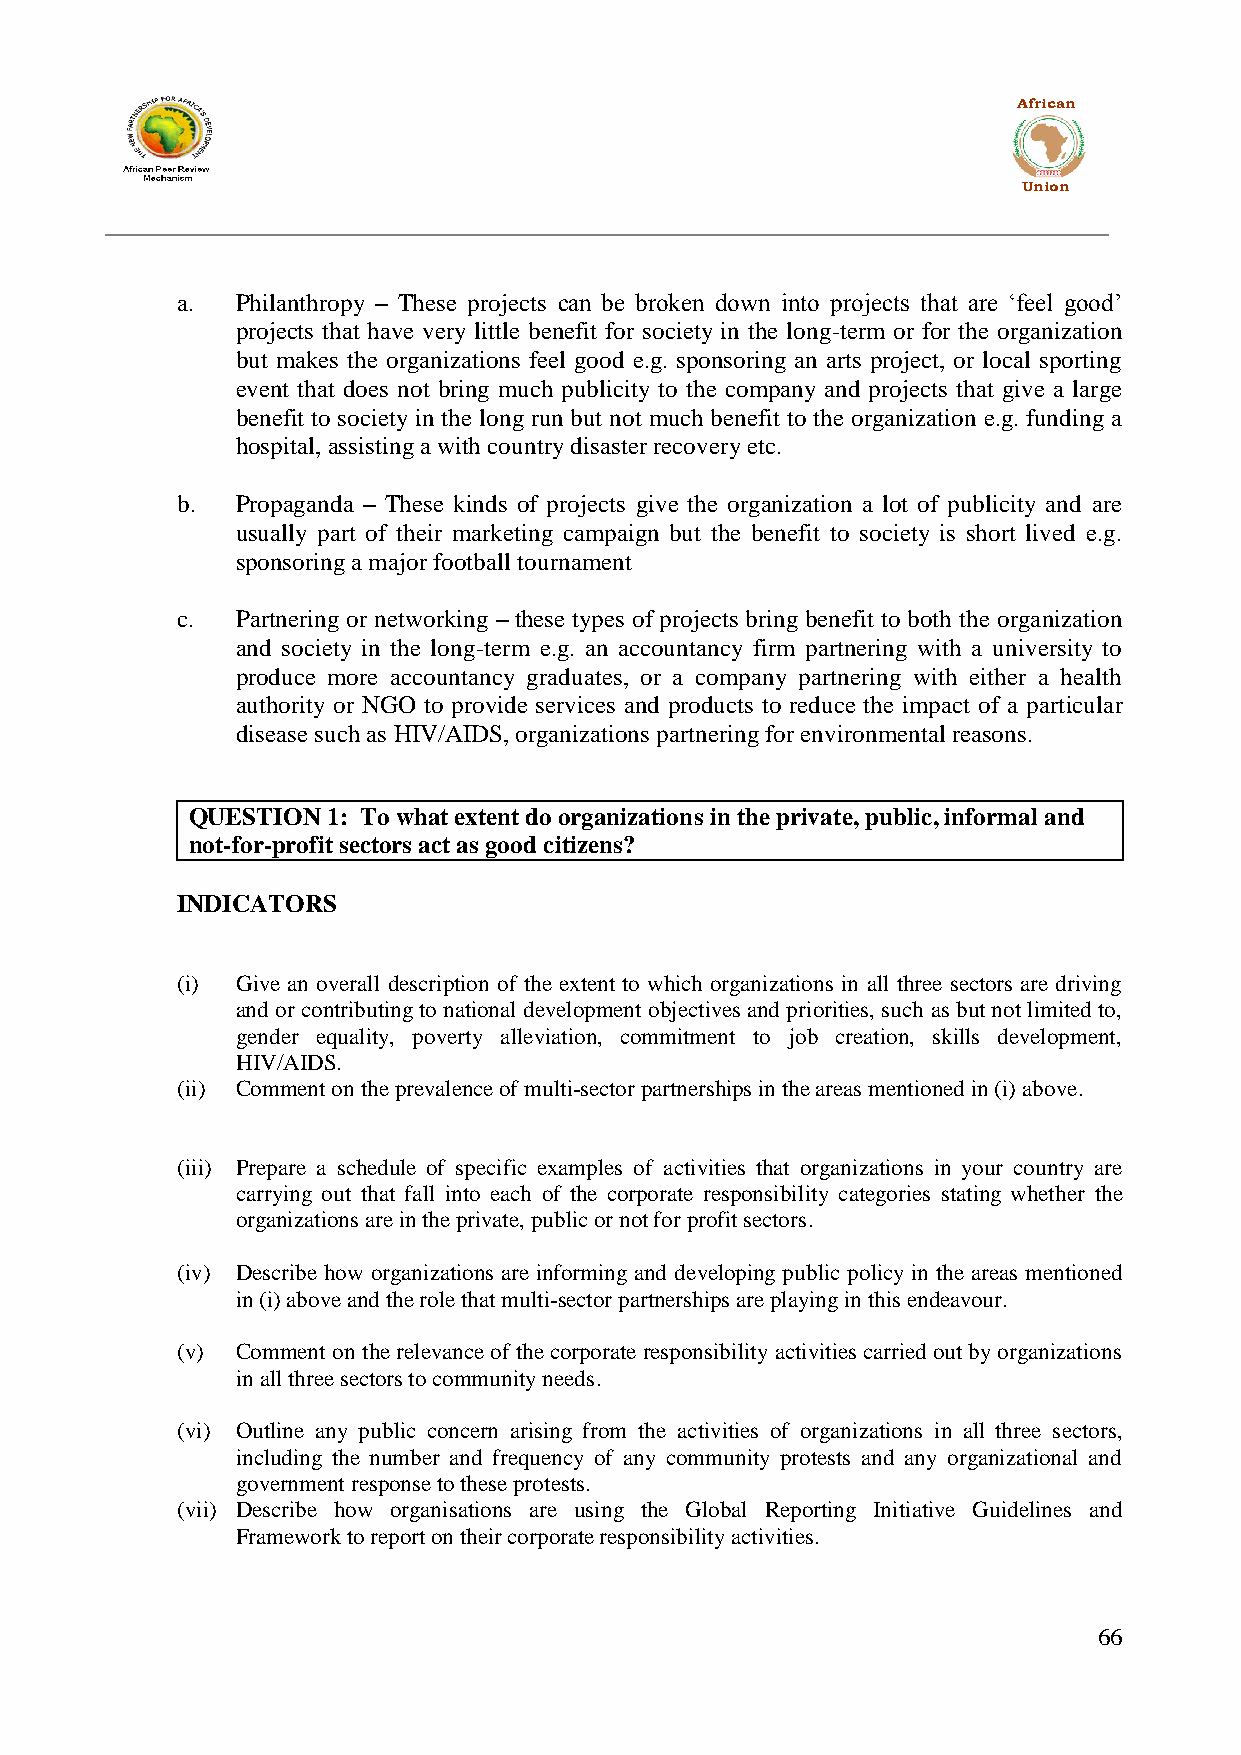
African
 Union
 a.  Philanthropy – These projects can be broken down into projects that are „feel good‟
 projects that have very little benefit for society in the long-term or for the organization
 but makes the organizations feel good e.g. sponsoring an arts project, or local sporting
 event that does not bring much publicity to the company and projects that give a large
 benefit to society in the long run but not much benefit to the organization e.g. funding a
 hospital, assisting a with country disaster recovery etc.
 b.  Propaganda – These kinds of projects give the organization a lot of publicity and are
 usually part of their marketing campaign but the benefit to society is short lived e.g.
 sponsoring a major football tournament
 c.  Partnering or networking – these types of projects bring benefit to both the organization
 and society in the long-term e.g. an accountancy firm partnering with a university to
 produce more accountancy graduates, or a company partnering with either a health
 authority or NGO to provide services and products to reduce the impact of a particular
 disease such as HIV/AIDS, organizations partnering for environmental reasons.
 QUESTION  1: To what extent do organizations in the private, public, informal and
 not-for-profit sectors act as good citizens?
 INDICATORS
 (i) Give an overall description of the extent to which organizations in all three sectors are driving
 and or contributing to national development objectives and priorities, such as but not limited to,
 gender equality, poverty alleviation, commitment to job creation, skills development,
 HIV/AIDS.
 (ii) Comment on the prevalence of multi-sector partnerships in the areas mentioned in (i) above.
 (iii) Prepare a schedule of specific examples of activities that organizations in your country are
 carrying out that fall into each of the corporate responsibility categories stating whether the
 organizations are in the private, public or not for profit sectors.
 (iv) Describe how organizations are informing and developing public policy in the areas mentioned
 in (i) above and the role that multi-sector partnerships are playing in this endeavour.
 (v) Comment on the relevance of the corporate responsibility activities carried out by organizations
 in all three sectors to community needs.
 (vi) Outline any public concern arising from the activities of organizations in all three sectors,
 including the number and frequency of any community protests and any organizational and
 government response to these protests.
 (vii) Describe how organisations are using the Global Reporting Initiative Guidelines and
 Framework to report on their corporate responsibility activities.
 66